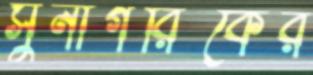
সুনাগরিকের